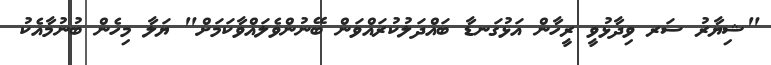
"ޝިޔާރު ސަރ ވިދާޅުވީ ރީހާން އަޅުގަނޑާ ބައްދަލުކުރައްވަން ބޭނުންވެލައްވާކަމަށް" ޔަލާ މިހެން ބުނުމާއެކު